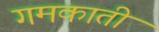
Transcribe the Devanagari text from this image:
गमकाती